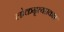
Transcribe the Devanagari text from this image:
लोकनृत्यप्रकार